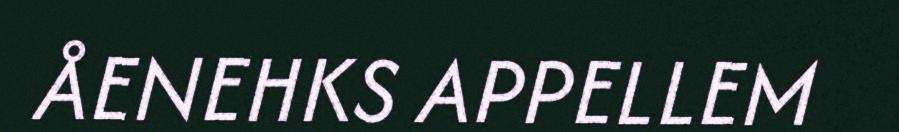
ÅENEHKS APPELLEM